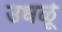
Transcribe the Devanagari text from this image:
उधळूं